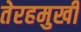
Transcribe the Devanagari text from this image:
तेरहमुखी